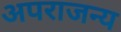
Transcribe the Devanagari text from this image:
अपराजन्य